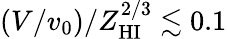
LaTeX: (V/v_{0})/Z_{\mathrm{HI}}^{2/3}\lesssim 0.1